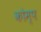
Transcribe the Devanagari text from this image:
कोम्प